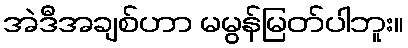
အဲဒီအချစ်ဟာ မမွန်မြတ်ပါဘူး။